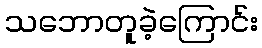
သဘောတူခဲ့ကြောင်း